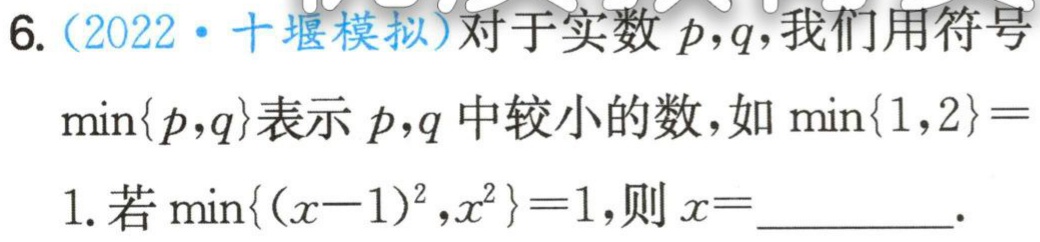
6.（2022·十堰模拟）对于实数 \(p,q\)，我们用符号\(\min\{p,q\}\)表示 \(p,q\) 中较小的数，如 \(\min\{1,2\}=1\). 若 \(\min\{(x - 1)^2,x^2\}=1\)，则 \(x =\)_________.